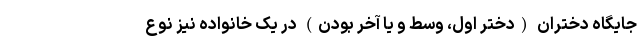
جایگاه دختران (دختر اول، وسط و یا آخر بودن) در یک خانواده نیز نوع